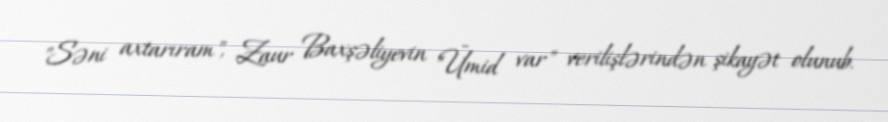
"Səni axtarıram", Zaur Baxşəliyevin "Ümid var" verilişlərindən şikayət olunub.